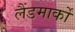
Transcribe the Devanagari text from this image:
लैंडमार्कों